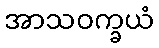
အာသဝက္ခယံ